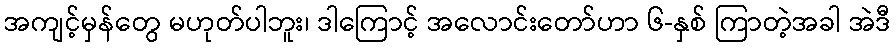
အကျင့်မှန်တွေ မဟုတ်ပါဘူး၊ ဒါကြောင့် အလောင်းတော်ဟာ ၆-နှစ် ကြာတဲ့အခါ အဲဒီ